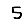
Digit: 5